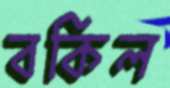
বকিল